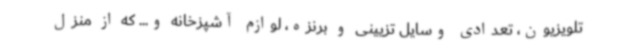
تلویزیون، تعدادی وسایل تزیینی و برنزه، لوازم آشپزخانه و... که از منزل